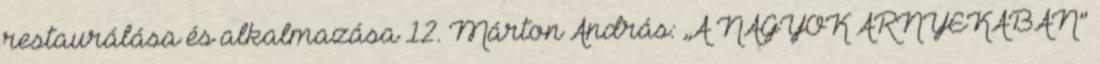
restaurálása és alkalmazása 12. Márton András: „A NAGYOK ÁRNYÉKÁBAN”